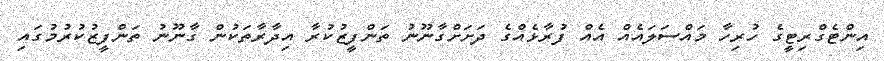
އިންޓެގްރިޓީގެ ހުރިހާ މައްސަލައެއް އެއް ފުރާޅެއްގެ ދަށަށްގާނޫނު ތަންފީޒުކުރާ އިދާރާތަކުން ގާނޫނު ތަންފީޒުކުރުމުގައި